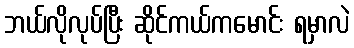
ဘယ်လိုလုပ်ပြီး ဆိုင်ကယ်ကမောင်း ရမှာလဲ